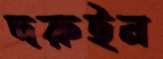
দরুইন